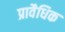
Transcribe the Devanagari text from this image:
प्रावैधिक